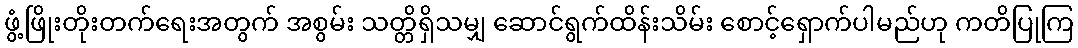
ဖွံ့ဖြိုးတိုးတက်ရေးအတွက် အစွမ်း သတ္တိရှိသမျှ ဆောင်ရွက်ထိန်းသိမ်း စောင့်ရှောက်ပါမည်ဟု ကတိပြုကြ